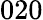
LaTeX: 020